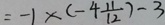
= - 1 \times ( - 4 \frac { 1 1 } { 1 2 } ) - 3